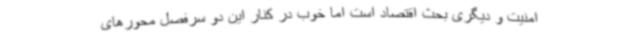
امنیت و دیگری بحث اقتصاد است اما خوب در کنار این دو سرفصل محورهای